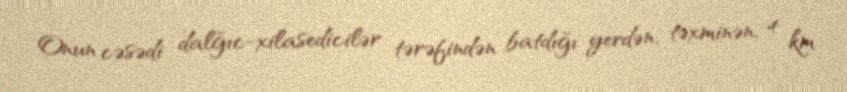
Onun cəsədi dalğıc-xilasedicilər tərəfindən batdığı yerdən, təxminən, 4 km